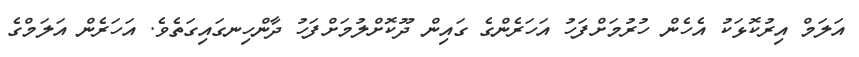
އަލަމް އިރުކޮޅަކު އެހެން ހުރުމަށްފަހު އަހަރެންގެ ގައިން ދޫކޮށްލުމަށްފަހު ދާންހިނގައިގަތެވެ. އަހަރެން އަލަމްގެ